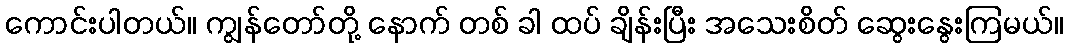
ကောင်းပါတယ်။ ကျွန်တော်တို့ နောက် တစ် ခါ ထပ် ချိန်းပြီး အသေးစိတ် ဆွေးနွေးကြမယ်။